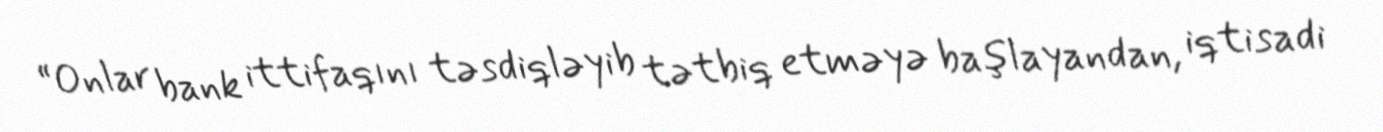
“Onlar bank ittifaqını təsdiqləyib tətbiq etməyə başlayandan, iqtisadi